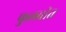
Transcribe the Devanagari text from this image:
फुलवीत